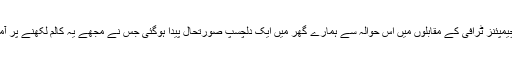
حالیہ چیمپئنز ٹرافی کے مقابلوں میں اس حوالہ سے ہمارے گھر میں ایک دلچسپ صورتحال پیدا ہوگئی جس نے مجھے یہ کالم لکھنے پر آمادہ کیا۔